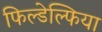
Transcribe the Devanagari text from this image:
फिल्डेल्फिया